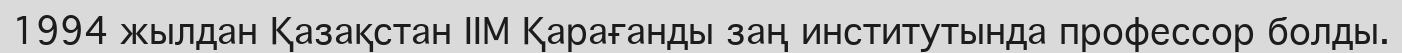
1994 жылдан Қазақстан ІІМ Қарағанды заң институтында профессор болды.